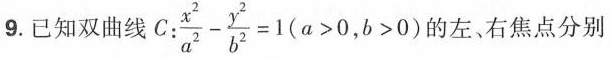
9. 已知双曲线$$C: \frac{x^{2}}{a^{2}}- \frac{y^{2}}{b^{2}}=1(a>0,b>0)$$ 的左、右焦点分别